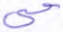
حي